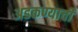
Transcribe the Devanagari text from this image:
अडकण्याची